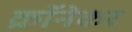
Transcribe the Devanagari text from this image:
क्रॉनेकर